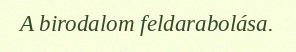
A birodalom feldarabolása.